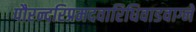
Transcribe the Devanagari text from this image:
पौरन्दरिप्रमदवारिधिवाडवाग्ने